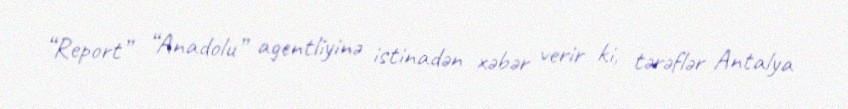
“Report” “Anadolu” agentliyinə istinadən xəbər verir ki, tərəflər Antalya